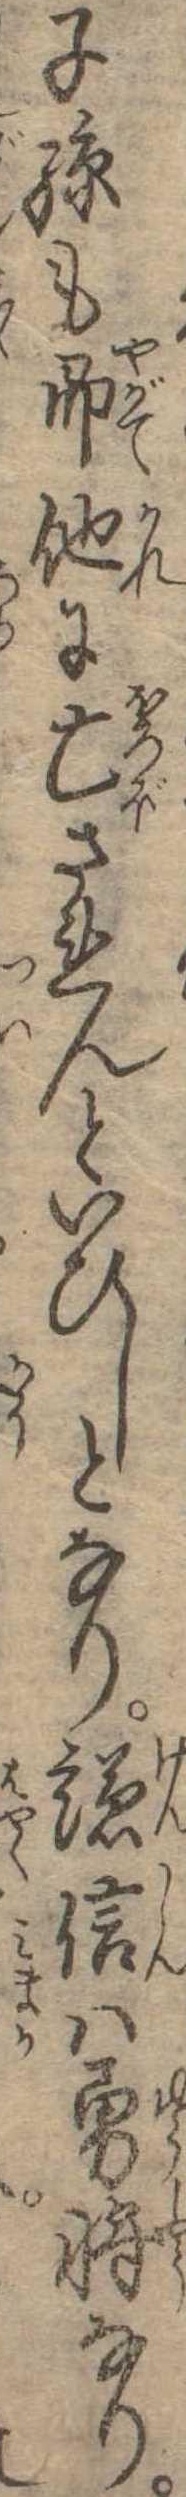
子孫も即他に亡されんといひしとなり謙信は勇将なり